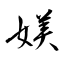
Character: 媄